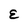
Character: E